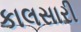
કાલસારી